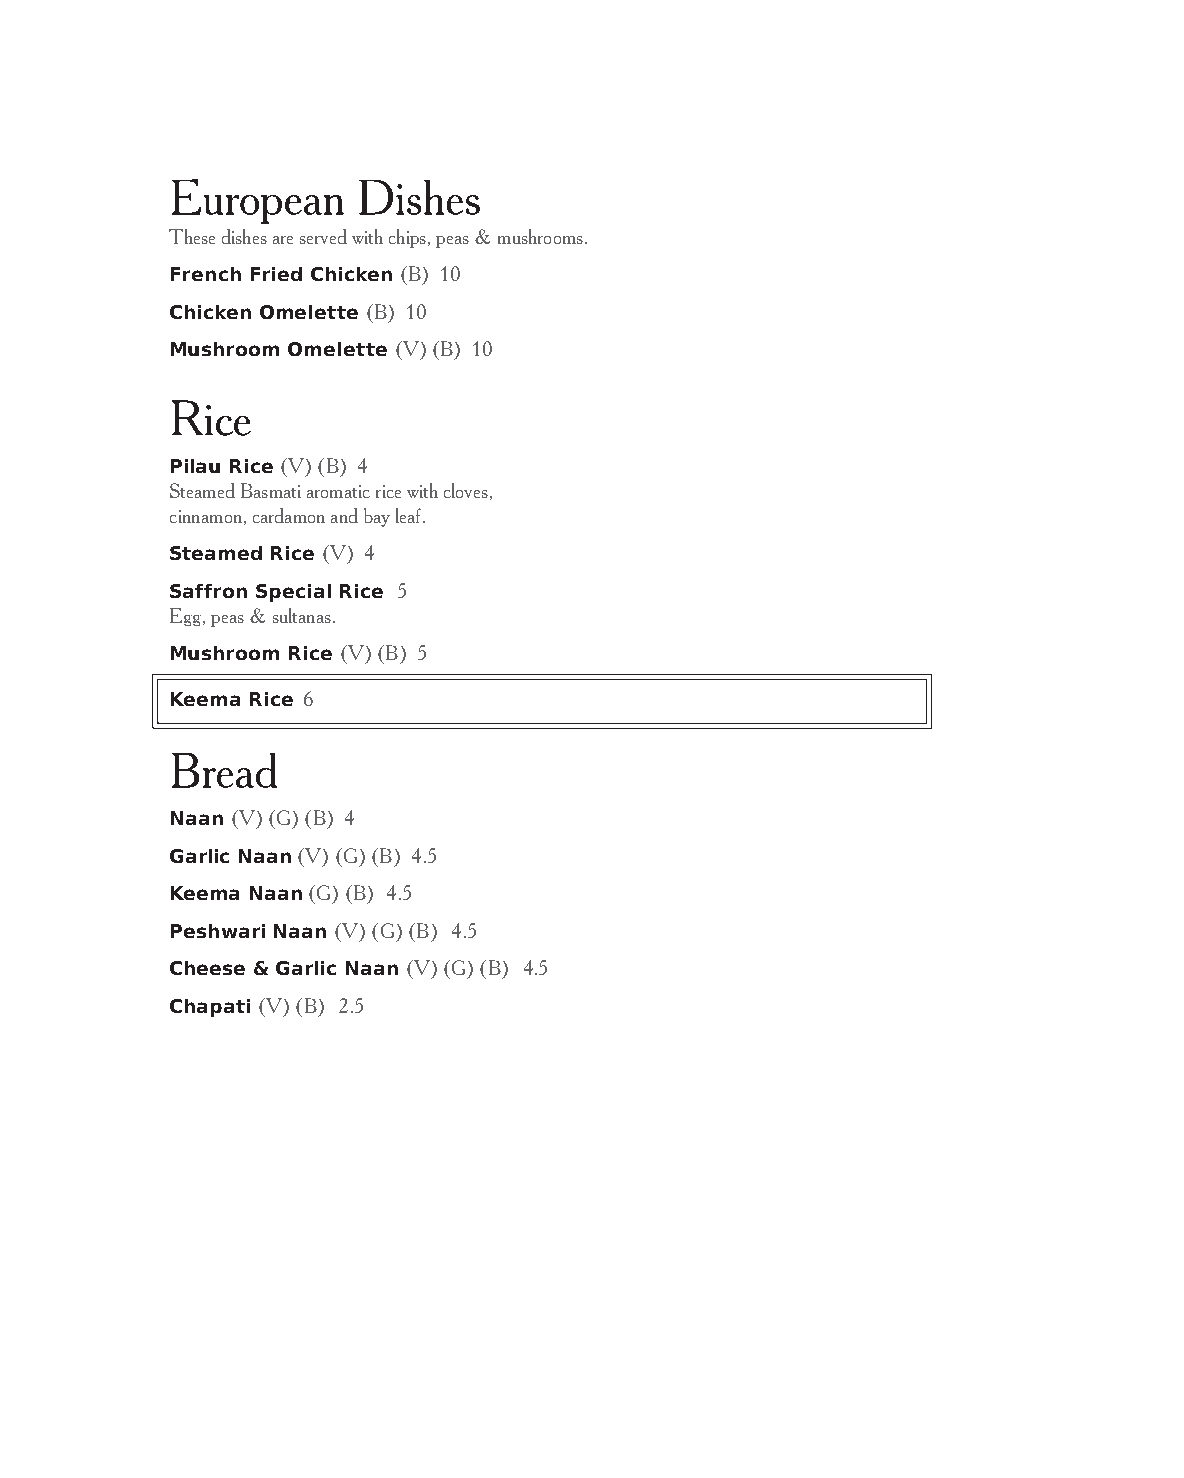
European     Dishes
 These dishes are served with chips, peas & mushrooms.
 French Fried Chicken (B) 10
 Chicken Omelette (B) 10
 Mushroom Omelette (V) (B) 10
 Rice
 Pilau Rice (V) (B) 4
 Steamed Basmati aromatic rice with cloves,
 cinnamon, cardamon and bay leaf.
 Steamed Rice (V) 4
 Saffron Special Rice 5
 Egg, peas & sultanas.
 Mushroom Rice (V) (B) 5
 Keema Rice 6
 Bread
 Naan (V) (G) (B) 4
 Garlic Naan (V) (G) (B) 4.5
 Keema Naan (G) (B) 4.5
 Peshwari Naan (V) (G) (B) 4.5
 Cheese & Garlic Naan (V) (G) (B) 4.5
 Chapati (V) (B) 2.5